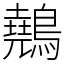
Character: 䴃